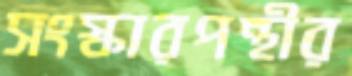
সংস্কারপন্থীর